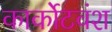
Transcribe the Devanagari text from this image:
कार्कोटवंश